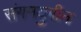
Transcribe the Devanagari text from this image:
संगमयुगीन